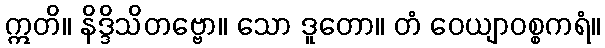
ဣတိ။ နိဒ္ဒိသိတဗ္ဗော။ သော ဒူတော။ တံ ဝေယျာဝစ္စကရံ။